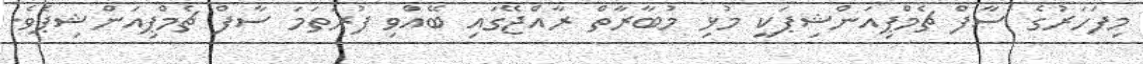
މިފަހަރުގެ ސާފް ޗެމްޕިއަންޝިޕަކީ މުޅި މުބާރާތް ރާއްޖޭގައި ބޭއްވި ފުރަތަމަ ސާފް ޗެމްޕިއަންޝިޕެވެ.